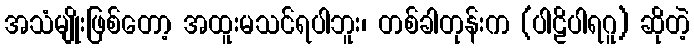
အသံမျိုးဖြစ်တော့ အထူးမသင်ရပါဘူး၊ တစ်ခါတုန်းက (ပါဠိပါရဂူ) ဆိုတဲ့